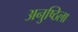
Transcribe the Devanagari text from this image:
अनुष्ठिला